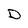
Character: D